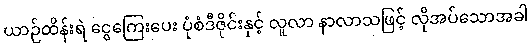
ယာဉ်ထိန်းရဲ ငွေကြေးပေး ပုံစံဒီဇိုင်းနှင့် လူလာ နာလာသဖြင့် လိုအပ်သောအခါ